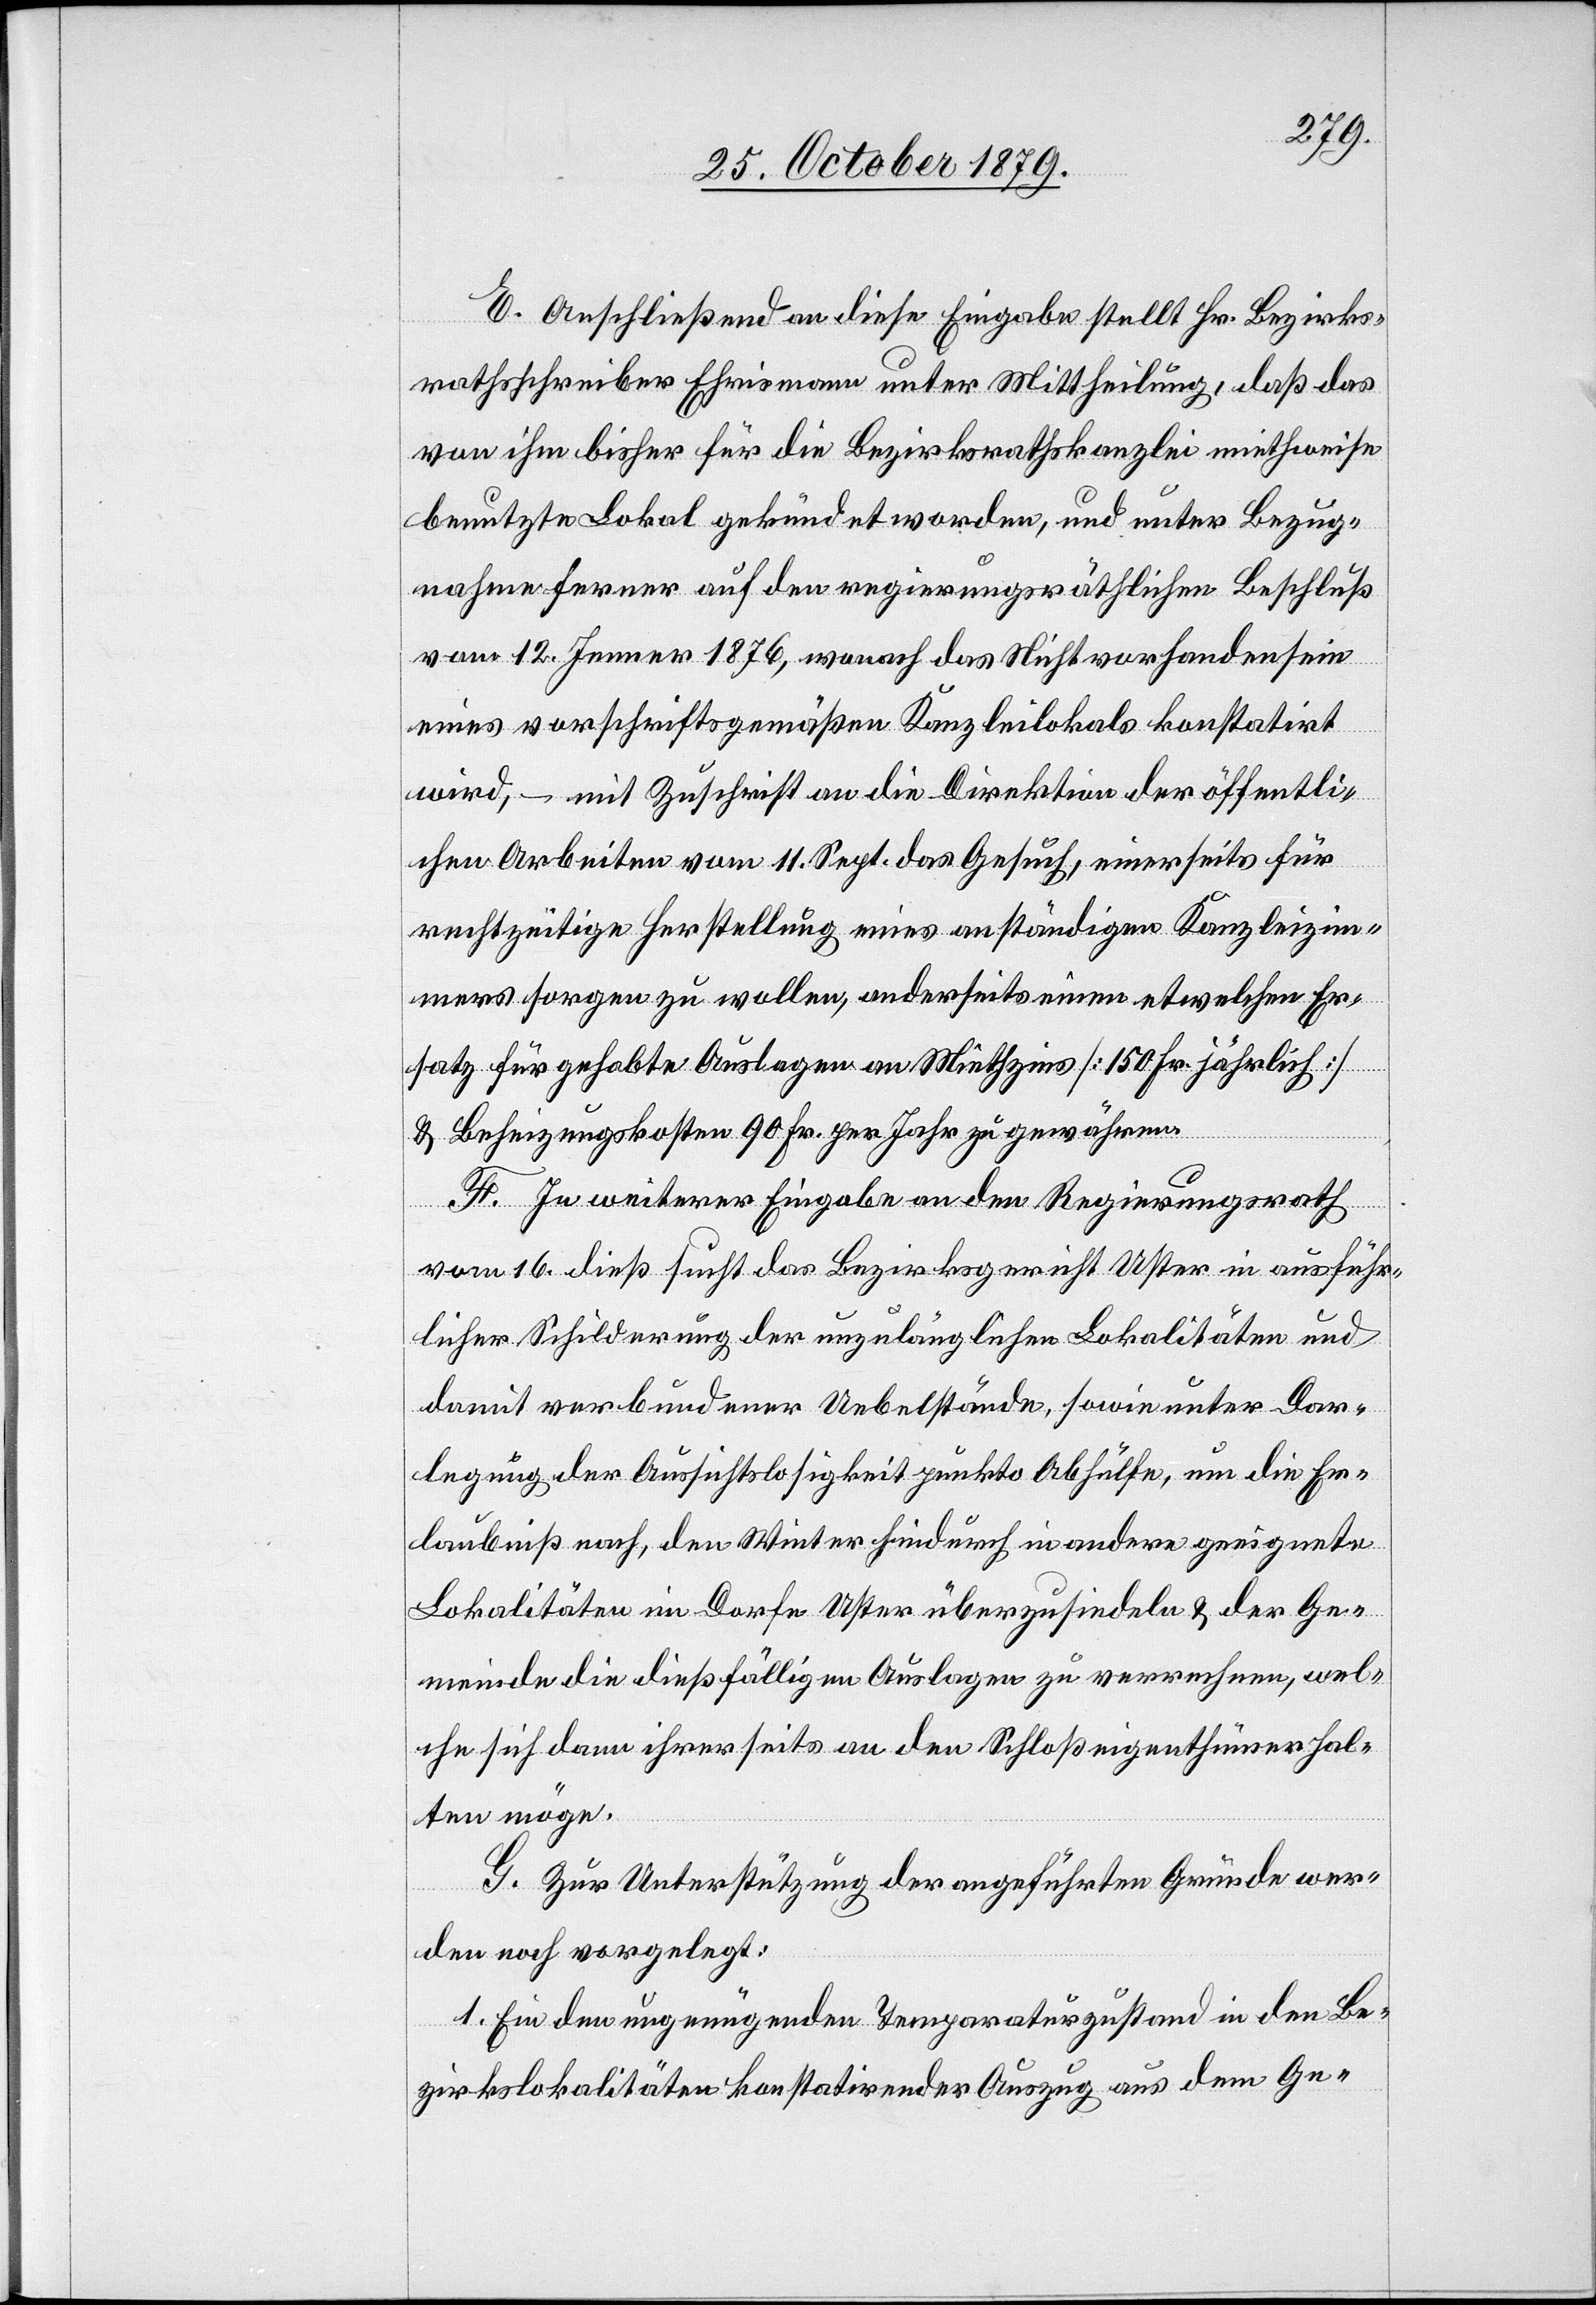
E. Anschließend an diese Eingabe stellt Hr. Bezirks¬
rathschreiber Ehrismann unter Mittheilung, daß das
von ihm bisher für die Bezirksrathskanzlei miethweise
benutzte Lokal gekündet worden, und unter Bezug¬
nahme ferner auf den regierungsräthlichen Beschluß
vom 12. Jenner 1876, wonach das Nichtvorhandensein
eines vorschriftsgemäßen Kanzleilokals konstatirt
wird, – mit Zuschrift an die Direktion der öffentli¬
chen Arbeiten vom 11. Sept. das Gesuch, einerseits für
rechtzeitige Herstellung eines anständigen Kanzleizim¬
mers sorgen zu wollen, anderseits einen etwelchen Er¬
satz für gehabte Auslagen an Miethzins [150 Fr. jährlich]
& Beheizungskosten 90 Fr. per Jahr zu gewähren.
F. In weiterer Eingabe an den Regierungsrath
vom 16. dieß sucht das Bezirksgericht Uster in ausführ¬
licher Schilderung der unzulänglichen Lokalitäten und
damit verbundener Uebelstände, sowie unter Dar¬
legung der Aussichtslosigkeit punkto Abhülfe, um die Er¬
laubniß nach, den Winter hindurch in andere geeignete
Lokalitäten im Dorfe Uster überzusiedeln & der Ge¬
meinde die dießfälligen Auslagen zu verrechnen, wel¬
che sich dann ihrerseits an den Schloßeigenthümer hal¬
ten möge.
G. Zur Unterstützung der angeführten Gründe wer¬
den noch vorgelegt:
1. Ein den ungenügenden Temperaturzustand in den L¬
okalitäten konstatirender Auszug aus dem Ge-